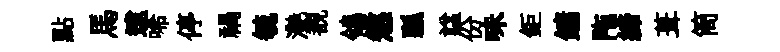
點馬逮唏停禍毓灔覩鴒懲瓢諡份味鉅鏞陁締葺筒